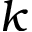
k